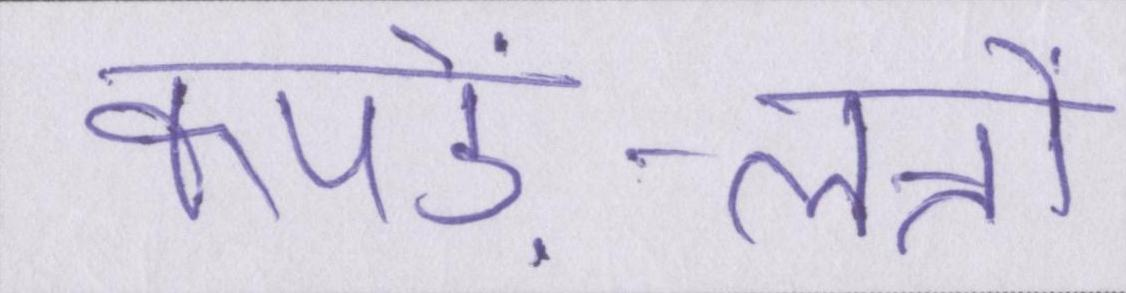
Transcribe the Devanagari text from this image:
कपड़े-लत्तों